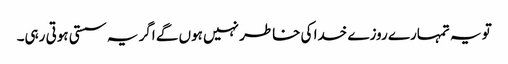
تو یہ تمہارے روزے خدا کی خاطر نہیں ہوں گے اگر یہ سستی ہوتی رہی۔